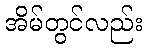
အိမ်တွင်လည်း